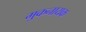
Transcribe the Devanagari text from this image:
मुकनायक